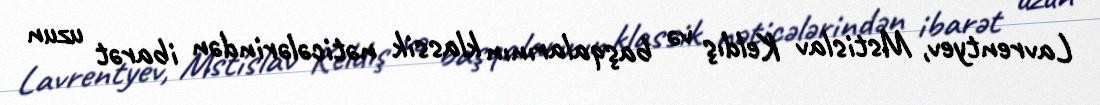
Lavrentyev, Mstislav Keldış və başqalarının klassik nəticələrindən ibarət uzun